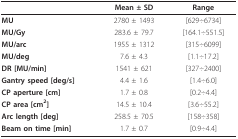
<table><thead><tr><td></td><td><b>Mean ± SD</b></td><td><b>Range</b></td></tr></thead><tbody><tr><td><b>MU</b></td><td>2780 ± 1493</td><td>[629÷6734]</td></tr><tr><td><b>MU/Gy</b></td><td>283.6 ± 79.7</td><td>[164.1÷551.5]</td></tr><tr><td><b>MU/arc</b></td><td>1955 ± 1312</td><td>[315÷6099]</td></tr><tr><td><b>MU/deg</b></td><td>7.6 ± 4.3</td><td>[1.1÷17.2]</td></tr><tr><td><b>DR [MU/min]</b></td><td>1541 ± 621</td><td>[327÷2400]</td></tr><tr><td><b>Gantry speed [deg/s]</b></td><td>4.4 ± 1.6</td><td>[1.4÷6.0]</td></tr><tr><td><b>CP aperture [cm]</b></td><td>1.7 ± 0.8</td><td>[0.2÷4.4]</td></tr><tr><td><b>CP area [cm<sup>2</sup>]</b></td><td>14.5 ± 10.4</td><td>[3.6÷55.2]</td></tr><tr><td><b>Arc length [deg]</b></td><td>258.5 ± 70.5</td><td>[158÷358]</td></tr><tr><td><b>Beam on time [min]</b></td><td>1.7 ± 0.7</td><td>[0.9÷4.4]</td></tr></tbody></table>